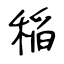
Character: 稲